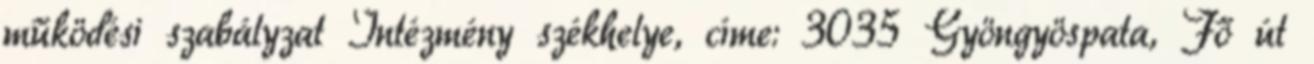
működési szabályzat Intézmény székhelye, címe: 3035 Gyöngyöspata, Fő út